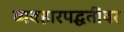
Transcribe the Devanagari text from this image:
व्यवहारपद्धतींवर